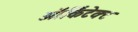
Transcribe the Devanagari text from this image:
ऑर्किटेक्ट